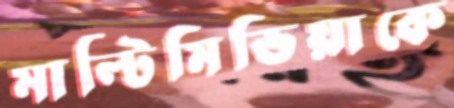
মাল্টিমিডিয়াকে